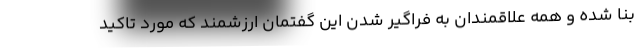
بنا شده و همه علاقمندان به فراگیر شدن این گفتمان ارزشمند که مورد تاکید